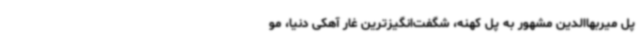
پل میربهاالدین مشهور به پل کهنه، شگفت‌انگیزترین غار آهکی دنیا، مو